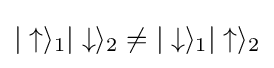
|\uparrow \rangle _{1}|\downarrow \rangle _{2}\neq |\downarrow \rangle _{1}|\uparrow \rangle _{2}